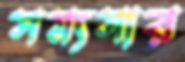
সম্যসার